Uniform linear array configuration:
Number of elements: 64
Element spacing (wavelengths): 0.25
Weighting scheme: hamming
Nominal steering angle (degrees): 60
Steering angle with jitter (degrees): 58.517
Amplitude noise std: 0.05
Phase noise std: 0.05

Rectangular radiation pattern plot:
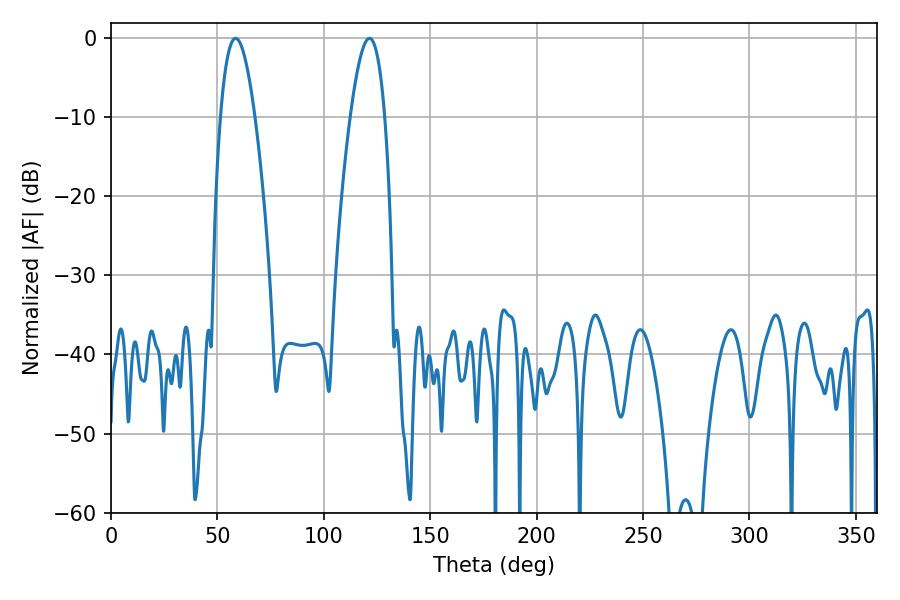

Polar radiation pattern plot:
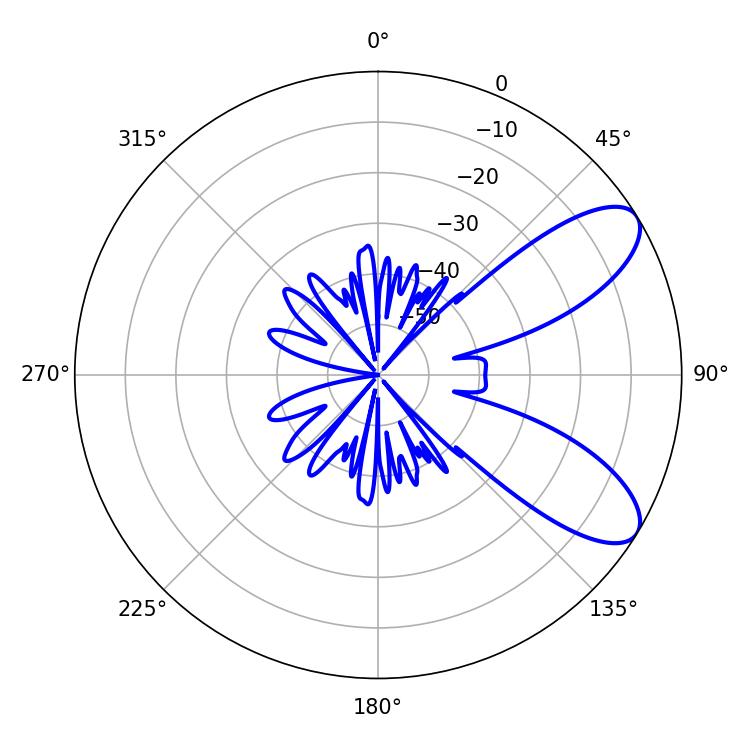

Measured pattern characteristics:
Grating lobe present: FALSE
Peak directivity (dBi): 8.449
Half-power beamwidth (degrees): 9
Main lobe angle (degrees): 58.5